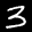
Label: 3